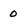
Character: 0